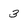
Character: 3